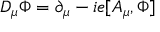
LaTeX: D _ { \mu } \Phi = \partial _ { \mu } - i e [ A _ { \mu } , \Phi ]